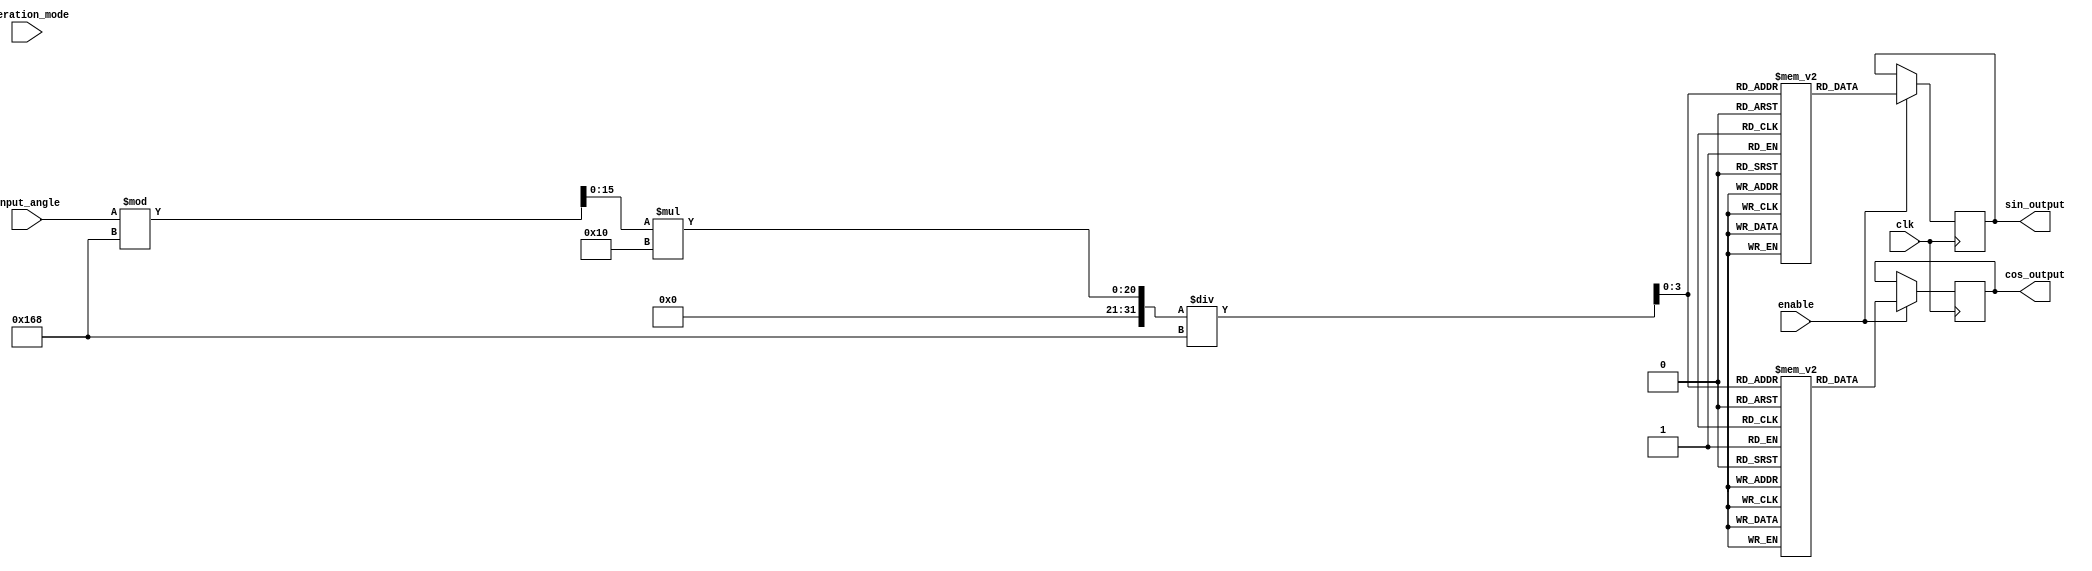
module precomputed_cordic (
    input wire [15:0] input_angle,    // n-bit input angle in fixed-point representation
    input wire operation_mode,         // 1-bit operation mode
    input wire enable,                 // 1-bit enable signal
    input wire clk,                    // Clock signal
    output reg [15:0] sin_output,      // m-bit output for sine value
    output reg [15:0] cos_output       // m-bit output for cosine value
);
    
    // LUT for sine and cosine values for selected angles (in radians)
    reg [15:0] sin_lut [0:15];         // sine lookup table
    reg [15:0] cos_lut [0:15];         // cosine lookup table

    // Angle scaling and indexing
    wire [3:0] lut_index;              // 4-bit index for LUT
    wire [15:0] scaled_angle;          // Scaled angle for indexing

    // Initialize LUT with pre-computed values (example values)
    initial begin
        sin_lut[0]  = 16'h0000; // sin(0)
        sin_lut[1]  = 16'h1FFF; // sin(/4)
        sin_lut[2]  = 16'h3FFF; // sin(/2)
        sin_lut[3]  = 16'h0000; // sin()
        sin_lut[4]  = 16'hC000; // sin(3/2)
        sin_lut[5]  = 16'hFFFF; // sin(2)
        // Other values can be filled based on desired resolution
        
        cos_lut[0]  = 16'hFFFF; // cos(0)
        cos_lut[1]  = 16'h1FFF; // cos(/4)
        cos_lut[2]  = 16'h0000; // cos(/2)
        cos_lut[3]  = 16'hC000; // cos()
        cos_lut[4]  = 16'h0000; // cos(3/2)
        cos_lut[5]  = 16'hFFFF; // cos(2)
        // Other values can be filled based on desired resolution
    end

    // Angle scaling based on modulo operation
    assign scaled_angle = input_angle % 360; // Adjust this based on your angle representation
    assign lut_index = (scaled_angle * 16 / 360); // Scale for 16 entries in LUT

    always @(posedge clk) begin
        if (enable) begin
            // Fetch sine and cosine values based on the computed index
            sin_output <= sin_lut[lut_index];
            cos_output <= cos_lut[lut_index];
        end
    end

endmodule